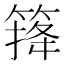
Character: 𥰏